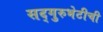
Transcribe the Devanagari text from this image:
सद्गुरुभेटीची